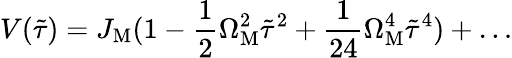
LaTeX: V(\tilde{\tau})=J_{\mathrm{M}}(1-\frac{1}{2}\Omega_{\mathrm{M}}^{2}\tilde{\tau}^{2}+\frac{1}{24}\Omega_{\mathrm{M}}^{4}\tilde{\tau}^{4})+\dots